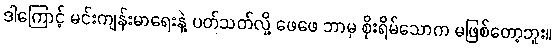
ဒါကြောင့် မင်းကျန်းမာရေးနဲ့ ပတ်သတ်လို့ ဖေဖေ ဘာမှ စိုးရိမ်သောက မဖြစ်တော့ဘူး။